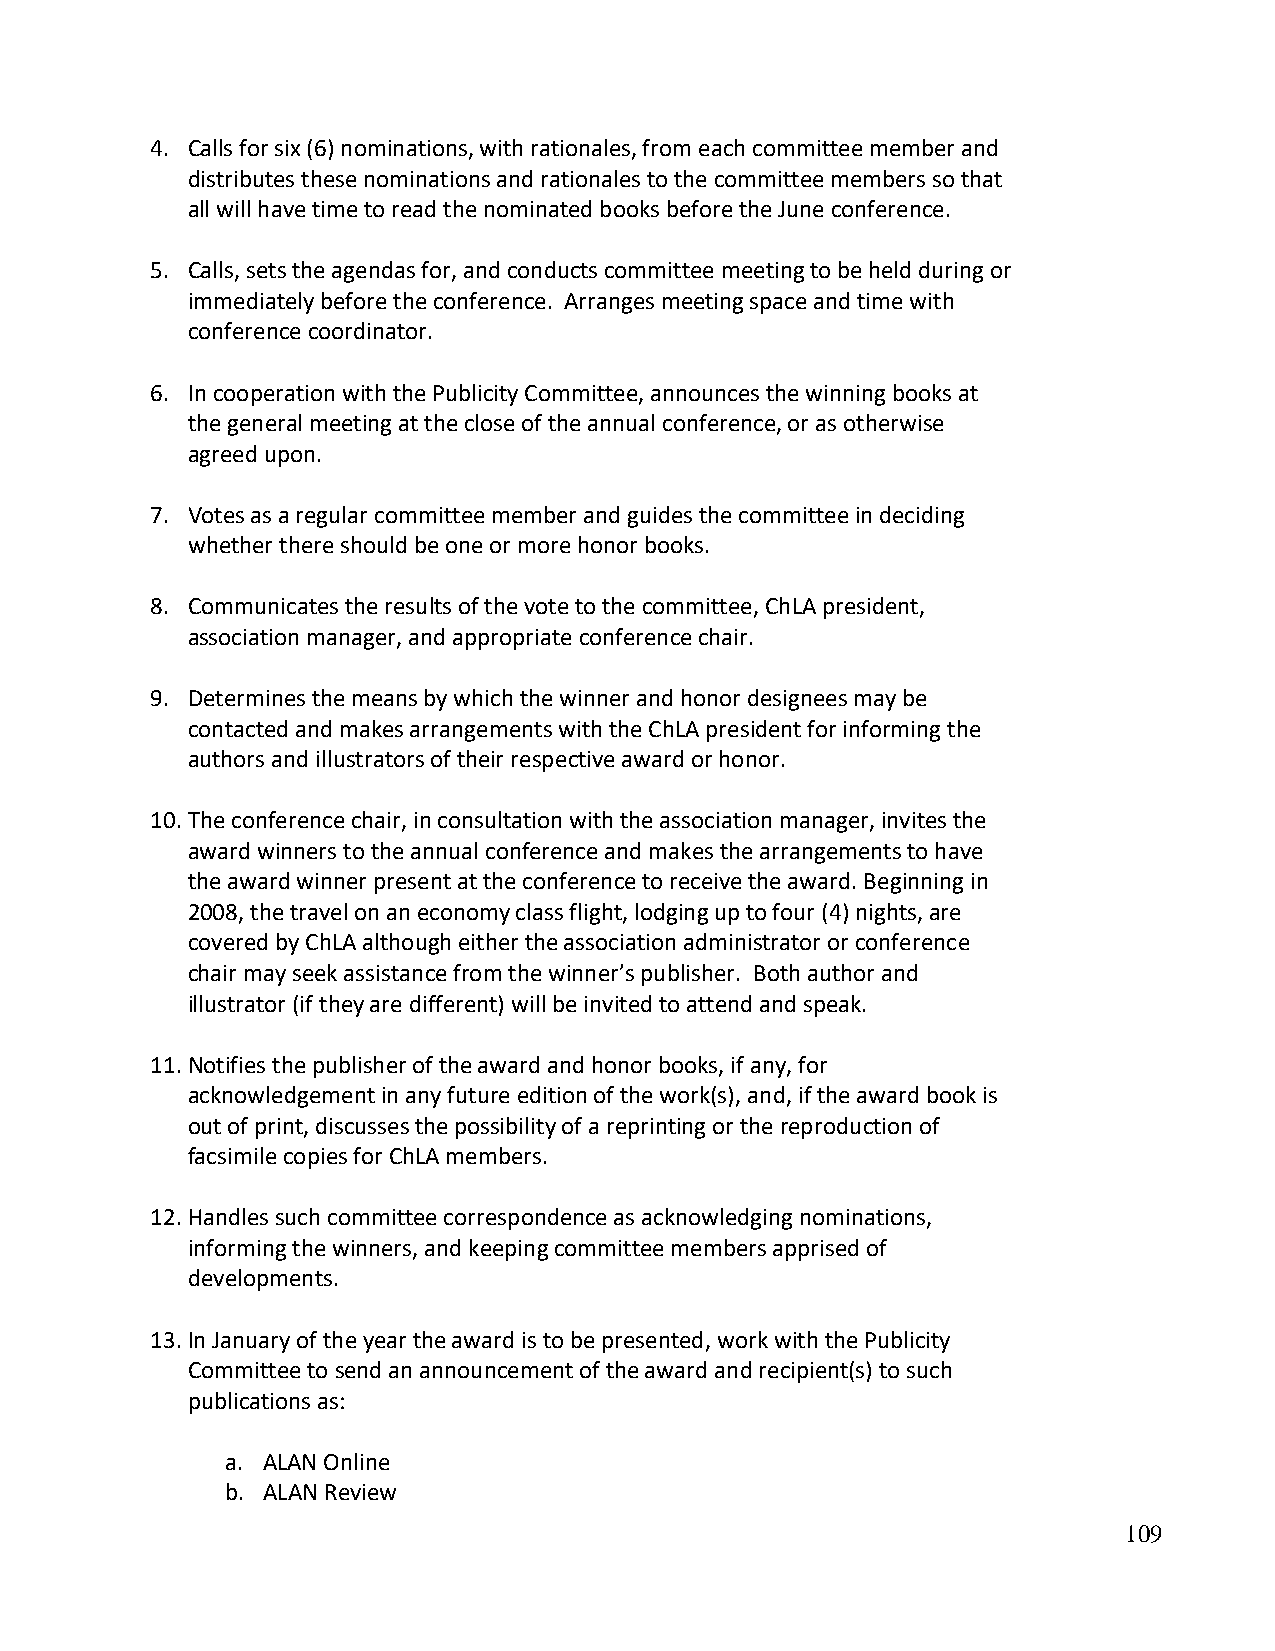
4. Calls for six (6) nominations, with rationales, from each committee member and
 distributes these nominations and rationales to the committee members so that
 all will have time to read the nominated books before the June conference.
 5. Calls, sets the agendas for, and conducts committee meeting to be held during or
 immediately before the conference. Arranges meeting space and time with
 conference coordinator.
 6. In cooperation with the Publicity Committee, announces the winning books at
 the general meeting at the close of the annual conference, or as otherwise
 agreed upon.
 7. Votes as a regular committee member and guides the committee in deciding
 whether there should be one or more honor books.
 8. Communicates the results of the vote to the committee, ChLA president,
 association manager, and appropriate conference chair.
 9. Determines the means by which the winner and honor designees may be
 contacted and makes arrangements with the ChLA president for informing the
 authors and illustrators of their respective award or honor.
 10. The conference chair, in consultation with the association manager, invites the
 award winners to the annual conference and makes the arrangements to have
 the award winner present at the conference to receive the award. Beginning in
 2008, the travel on an economy class flight, lodging up to four (4) nights, are
 covered by ChLA although either the association administrator or conference
 chair may seek assistance from the winner’s publisher. Both author and
 illustrator (if they are different) will be invited to attend and speak.
 11. Notifies the publisher of the award and honor books, if any, for
 acknowledgement in any future edition of the work(s), and, if the award book is
 out of print, discusses the possibility of a reprinting or the reproduction of
 facsimile copies for ChLA members.
 12. Handles such committee correspondence as acknowledging nominations,
 informing the winners, and keeping committee members apprised of
 developments.
 13. In January of the year the award is to be presented, work with the Publicity
 Committee to send an announcement of the award and recipient(s) to such
 publications as:
 a. ALAN Online
 b. ALAN Review
 109